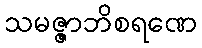
သမဇ္ဇာဘိစရဏေ